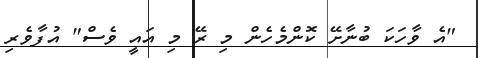
"އެ ވާހަކަ ބުނާށޭ ކޮންމެހެން މި ރޭ މި އައީ ވެސް" އުފާވެރި